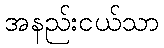
အနည်းငယ်သာ